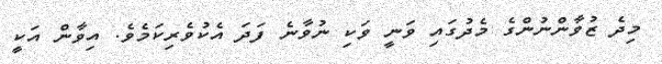
މިދެ ޒުވާންނުންގެ މެދުގައި ވަނީ ވަކި ނުވާނެ ފަދަ އެކުވެރިކަމެވެ. އިވާން އަކީ